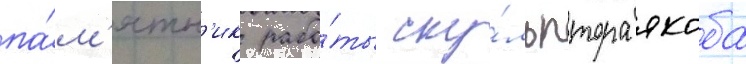
па́м'ятн'ик рабо́ты ску́льптора якоба